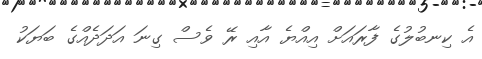
އެ ކިނބުލުގެ ފާރައަށް އިއްޔެ އާއި ރޭ ވެސް ގިނަ އަދަދެއްގެ ބަޔަކު